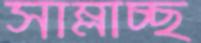
সাম্‌লাচ্ছ